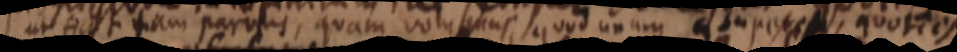
ut fiat tam parvus, quam volumus, quod unum superest, quoties